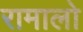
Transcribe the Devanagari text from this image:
रामालो